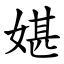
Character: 媅